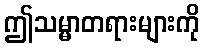
ဤသမ္မာတရားများကို